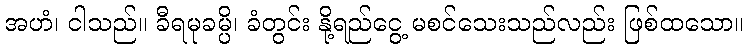
အဟံ၊ ငါသည်။ ခီရမုခမ္ပိ၊ ခံတွင်း နို့ရည်ငွေ့ မစင်သေးသည်လည်း ဖြစ်ထသော။